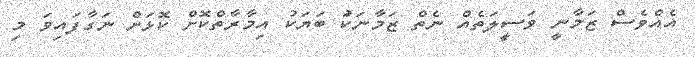
އެއްވެސް ޒަމާނީ ވަސީލަތެއް ނެތް ޒަމާނަކަު ބަޔަކު އިމާރާތްކޮށް ކޮޅަށް ނަގާފައިވަ މި